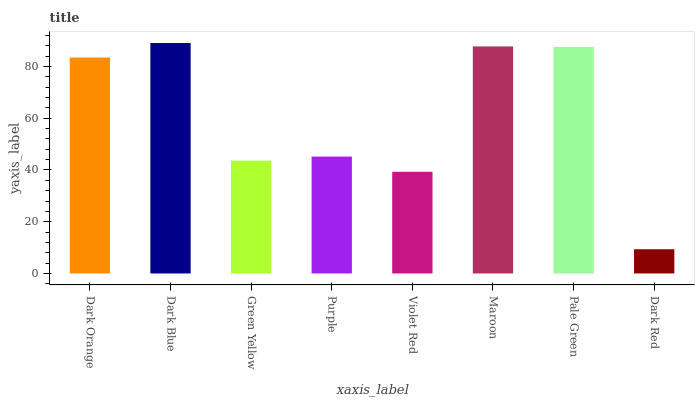
| xaxis_label | bars |
 | --- | --- |
 | Dark Orange | 83.4 |
 | Dark Blue | 89.1 |
 | Green Yellow | 43.6 |
 | Purple | 45.2 |
 | Violet Red | 39.3 |
 | Maroon | 87.7 |
 | Pale Green | 87.5 |
 | Dark Red | 9.36 |